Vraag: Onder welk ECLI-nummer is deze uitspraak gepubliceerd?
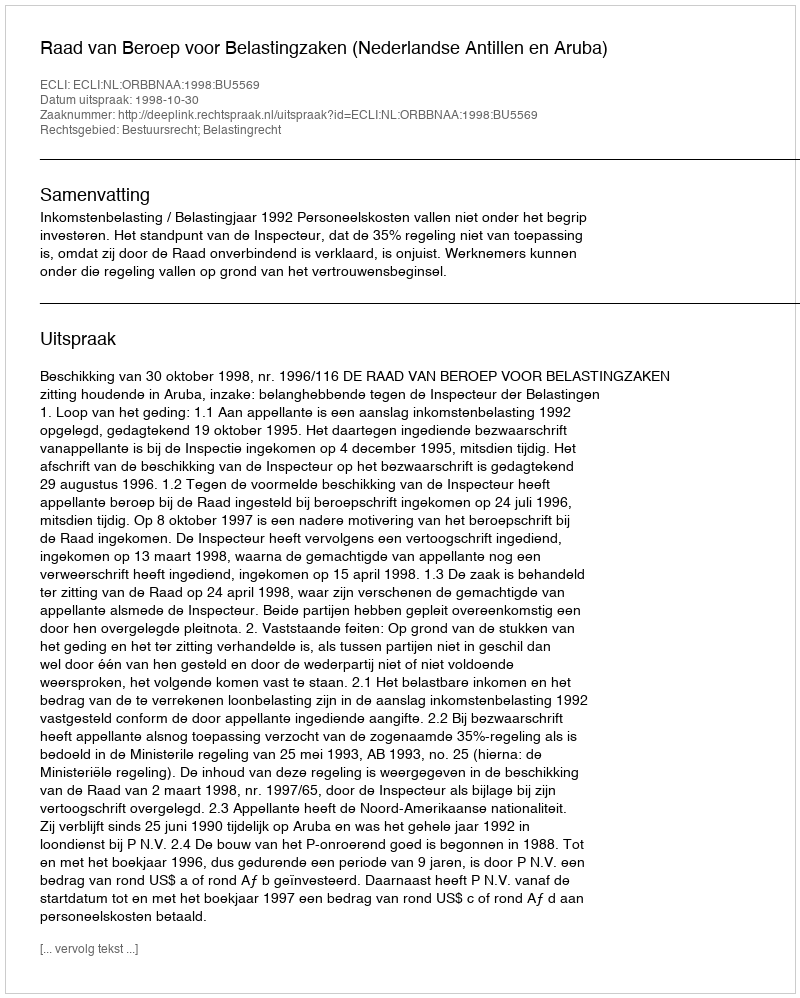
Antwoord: ECLI:NL:ORBBNAA:1998:BU5569